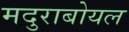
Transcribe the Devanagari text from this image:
मदुराबोयल